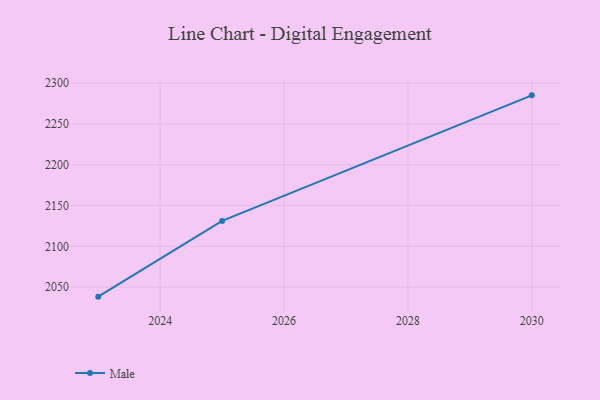
{"axis": {"x": "Year", "y": "Humidity (%)"}, "legend": ["Male"], "data": [{"x": "2030", "y": 2285.1, "type": "Male"}, {"x": "2025", "y": 2131.2, "type": "Male"}, {"x": "2023", "y": 2038.3, "type": "Male"}]}